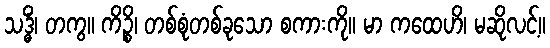
သဒ္ဓိံ၊ တကွ။ ကိဉ္စိ၊ တစ်စုံတစ်ခုသော စကားကို။ မာ ကထေဟိ၊ မဆိုလင့်။